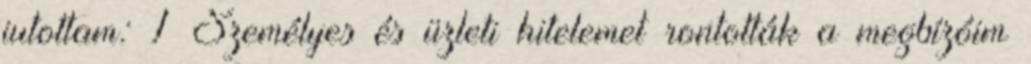
jutottam: 1 Személyes és üzleti hite­le­met rontották a meg­bízóim